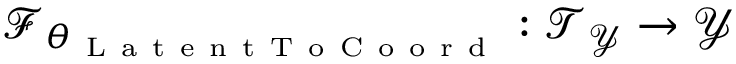
\mathcal { F } _ { \theta _ { \mathrm { ~ L ~ a ~ t ~ e ~ n ~ t ~ T ~ o ~ C ~ o ~ o ~ r ~ d ~ } } } : \mathcal { T } _ { \mathcal { Y } } \to \mathcal { Y }